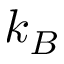
k _ { B }